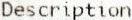
DESCRIPTION